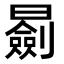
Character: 𣋽